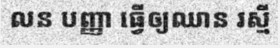
លន បញ្ញា ធ្វើឲ្យឈាន រស្មី